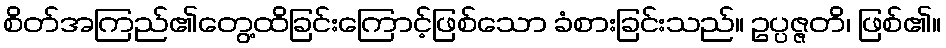
စိတ်အကြည်၏တွေ့ထိခြင်းကြောင့်ဖြစ်သော ခံစားခြင်းသည်။ ဥပ္ပဇ္ဇတိ၊ ဖြစ်၏။